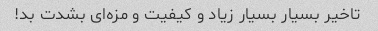
تاخیر بسیار بسیار زیاد و کیفیت و مزه‌ای بشدت بد!